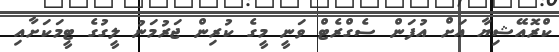
ކްރޮއޭޝިޔާ އަށް އުފަން ސެގްރެޓް ވަނީ މީގެ ކުރިން ޖަރުމަނު ލީގުގެ ޓީމަކަށާއި